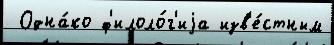
 Одна́ко ф'илоло́г'иjа изв'е́стным